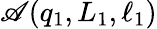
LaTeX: \mathscr{A}(q_{1},L_{1},\ell_{1})